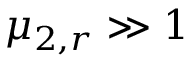
\mu _ { 2 , r } \gg 1